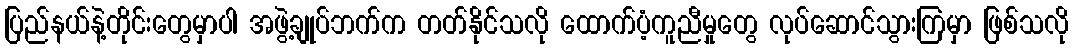
ပြည်နယ်နဲ့တိုင်းတွေမှာပါ အဖွဲ့ချုပ်ဘက်က တတ်နိုင်သလို ထောက်ပံ့ကူညီမှုတွေ လုပ်ဆောင်သွားကြမှာ ဖြစ်သလို